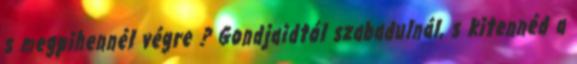
s megpihennél végre ? Gondjaidtól szabadulnál, s kitennéd a